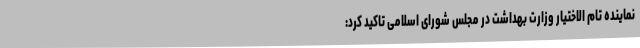
نماینده تام الاختیار وزارت بهداشت در مجلس شورای اسلامی تاکید کرد: